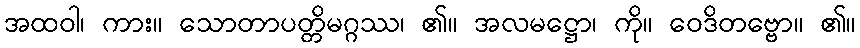
အထဝါ၊ ကား။ သောတာပတ္တိမဂ္ဂဿ၊ ၏။ အလမဋ္ဌော၊ ကို။ ဝေဒိတဗ္ဗော။ ၏။